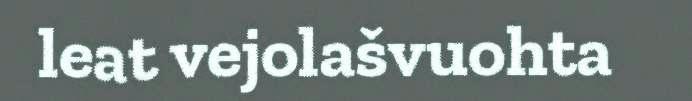
leat vejolašvuohta